Report on vaccination in Madras 1895-1903 - 1895-1903
Year: 1895
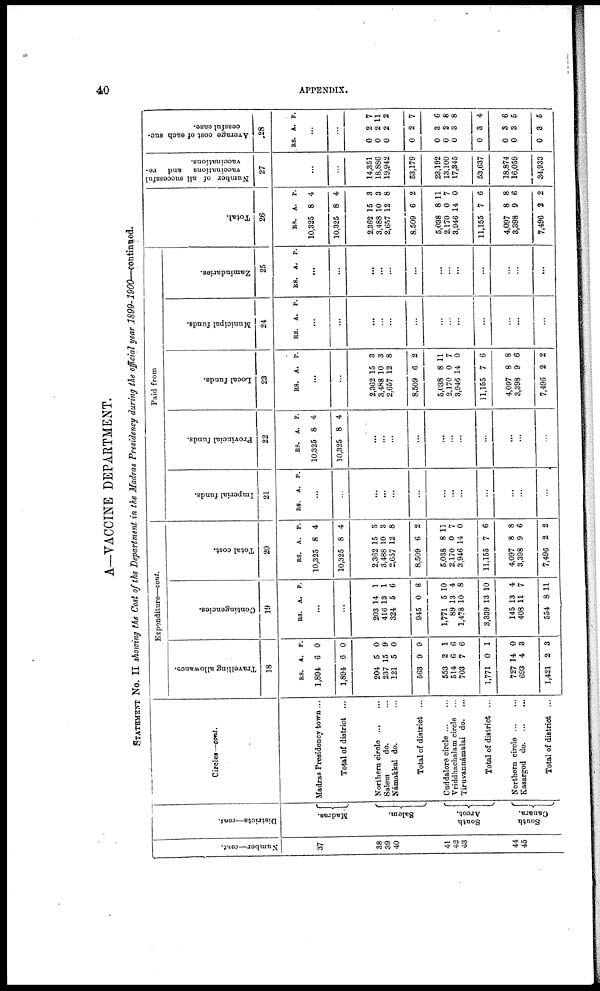
40
APPENDIX.
A—VACCINE DEPARTMENT.
STATEMENT No. II showing the Cost of the Department in the Madras Presidency during the official year 1899-1900—continued.
Number—cont.
37
38
39
40
41
42
43
44
45
Districts—cont.
Madras.
Salem.
South
Arcot.
South
Canara.
Circles—cont.
Madras Presidency town ...
Total of district ...
Northern circle ... ...
Salem
do. ...
Námakkal do. ...
Total of district ...
Cuddalore circle ... ...
Vriddhachalam circle ...
Tiruvannámalai do. ...
Total of district ...
Northern circle ... ...
Kasargod do
...
...
Total of district ...
Expenditure—cont.
Travelling allowance.
18
RS.
1,894
1,894
204
237
121
563
553
514
703
1,771
727
693
1,421
A.
6
6
5
15
5
9
2
6
7
0
14
4
2
P.
0
0
0
9
0
9
1
6
6
1
0
3
3
Contingencies.
19
RS. A. P.
...
...
203
416
324
945
1,771
89
1,478
3,339
145
408
554
14
13
5
0
5
13
10
13
13
11
8
1
1
6
8
10
4
8
10
4
7
11
Total cost.
20
RS.
10,325
10,325
2,362
3,488
2,657
8,509
5,038
2,170
3,946
11,155
4,097
3,398
7,496
A.
8
8
15
10
12
6
8
0
14
7
8
9
2
P.
4
4
3
3
8
2
11
7
0
6
8
6
2
Paid from
Imperial funds.
21
RS. A. P.
...
...
...
...
...
...
...
...
...
...
...
...
...
Provincial funds.
22
RS.
10,325
10,325
A.
8
8
P.
4
4
...
...
...
...
...
...
...
...
...
...
...
Local funds.
23
RS. A. P.
...
...
2,362
3,488
2,657
8,509
5,038
2,170
3,946
11,155
4,097
3,398
7,496
15
10
12
6
8
0
14
7
8
9
2
3
3
8
2
11
7
0
6
8
6
2
Municipal funds.
24
RS. A. P.
...
...
...
...
...
...
...
...
...
...
...
...
...
Zamindaries.
25
RS. A. P.
...
...
...
...
...
...
...
...
...
...
...
...
...
Total.
26
RS.
10,325
10,325
2,362
3,488
2,657
8,509
5,038
2,170
3,946
11,155
4,097
3,398
7,496
A.
8
8
15
10
12
6
8
0
14
7
8
9
2
P.
4
4
3
3
8
2
11
7
0
6
8
6
2
Number of all successful
vaccinations and re¬
vaccinations.
27
...
...
14,351
18,886
19,942
53,179
23,192
13,100
17,345
53,637
18,874
16,059
34,933
Average cost of each suc-
cessful case.
.28
RS. A. P.
...
...
0
0
0
0
0
0
0
0
0
0
0
2
2
2
2
3
2
3
3
3
3
3
7
11
2
7
6
8
8
4
6
5
5